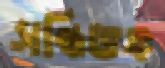
সন্ধিভঙ্গ